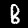
Digit: 8